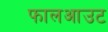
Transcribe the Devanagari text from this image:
फालआउट